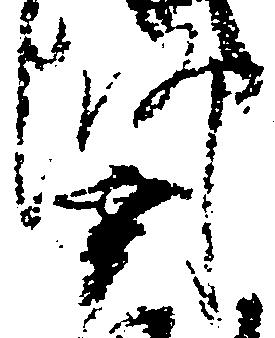
師